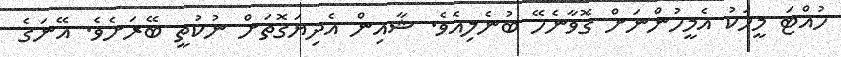
ހުއްޓަ މީހަކު އެމީހުންނަށް ގޮވާނެހޭ ބުނެލިއެވެ. ޝާއިން އެދިޔަގޮތަށް ނުކުތީ ބޭރަށެވެ. އޭނަގެ